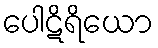
ပေါဋိရိယော